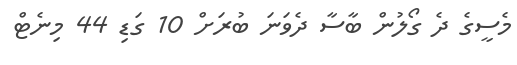
މެސީގެ ދެ ގޯލުން ބާސާ ދެވަނަ ބުރަށް 10 ގަޑި 44 މިނެޓް